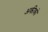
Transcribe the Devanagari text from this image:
अकीको